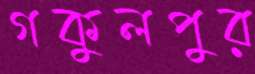
গকুলপুর